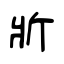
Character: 斨